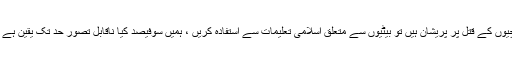
اگر مودی جی حقیقت میں ہندو معاشرہ میں مادرشکم میں بچیوں کے قتل پر پریشان ہیں تو بیٹیوں سے متعلق اسلامی تعلیمات سے استفادہ کریں ، ہمیں سوفیصد کیا ناقابل تصور حد تک یقین ہے کہ ہندوستان میں جاری یہ تکلیف دہ رجحان رک جائے گا ۔